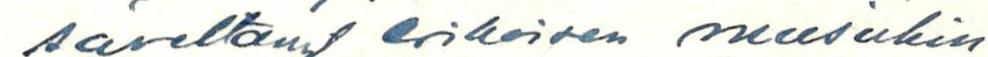
säveltänyt erikoisen musiikin